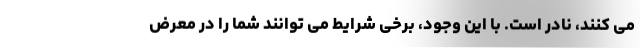
می کنند، نادر است. با این وجود، برخی شرایط می توانند شما را در معرض